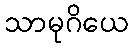
သာမုဂိယေ